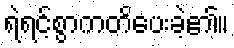
ရဲရင့်စွာကတိပေးခဲ့၏။